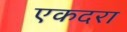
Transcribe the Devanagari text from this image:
एकदरा